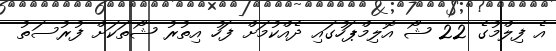
އެ ފިލްމުގެ 22 ޝޯ އޮލިމްޕަހުގައި ދެއްކުމަށް ފަހު އިތުރު ޝޯތަކަށް ފުރުސަތު